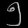
Digit: ၅